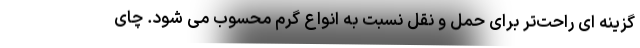
گزینه ای راحت‌تر برای حمل و نقل نسبت به انواع گرم محسوب می شود. چای